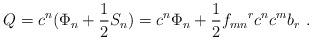
LaTeX: \begin{align*}Q = c^{n}(\Phi_n+\frac{1}{2}S_n)=c^n\Phi_n +\frac{1}{2}{f_{mn}}^r c^n c^m b_r~. \end{align*}